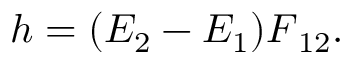
\begin{array} { r } { \boldsymbol { h } = ( E _ { 2 } - E _ { 1 } ) \boldsymbol { F } _ { 1 2 } . } \end{array}